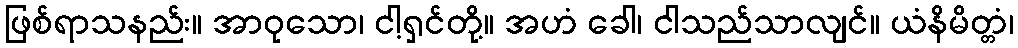
ဖြစ်ရာသနည်း။ အာဝုသော၊ ငါ့ရှင်တို့။ အဟံ ခေါ၊ ငါသည်သာလျင်။ ယံနိမိတ္တံ၊